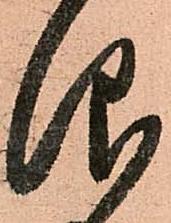
仰